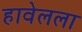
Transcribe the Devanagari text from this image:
हावेलला